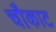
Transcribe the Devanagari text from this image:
चौकाट